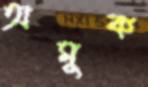
অমুক